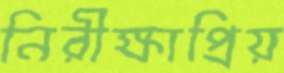
নিরীক্ষাপ্রিয়